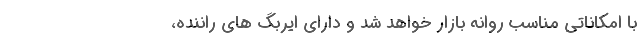
با امکاناتی مناسب روانه بازار خواهد شد و دارای ایربگ های راننده،